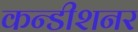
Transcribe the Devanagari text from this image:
कन्डीशनर